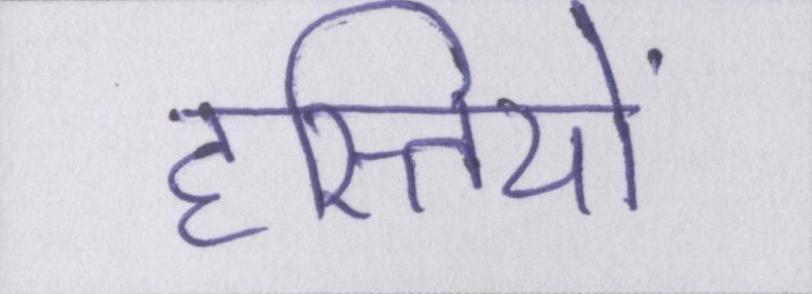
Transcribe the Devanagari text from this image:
हस्तियों